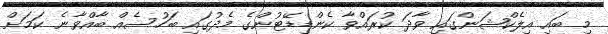
މި ބައި އިލެކްޝަންގައި ވާދަ ކުރައްވާ ކެންޑިޑޭޓުންގެ މެދުގައި ބަހުސެއް ބާއްވާނެ ކަމަށް